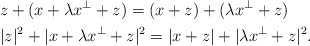
\begin{align*}& z + (x + \lambda x^\perp + z) = (x+z) + (\lambda x^\perp + z) \\& |z|^2 + |x + \lambda x^\perp + z|^2 = |x+z| + |\lambda x^\perp + z|^2.\end{align*}